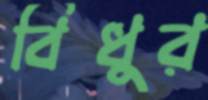
বিঁধুর